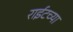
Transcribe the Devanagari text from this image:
राईटच्या